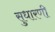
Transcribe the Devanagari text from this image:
सुधारणी